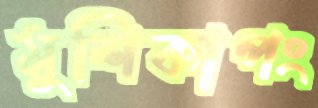
মুশিকাপং